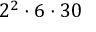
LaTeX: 2 ^ { 2 } \cdot 6 \cdot 3 0